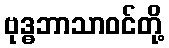
ဗုဒ္ဓဘာသာဝင်တို့